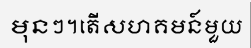
មុនៗ។តើសហគមន៍មួយ